Vaccination in Burma 1920-1933 - 1920-1933
Year: 1920
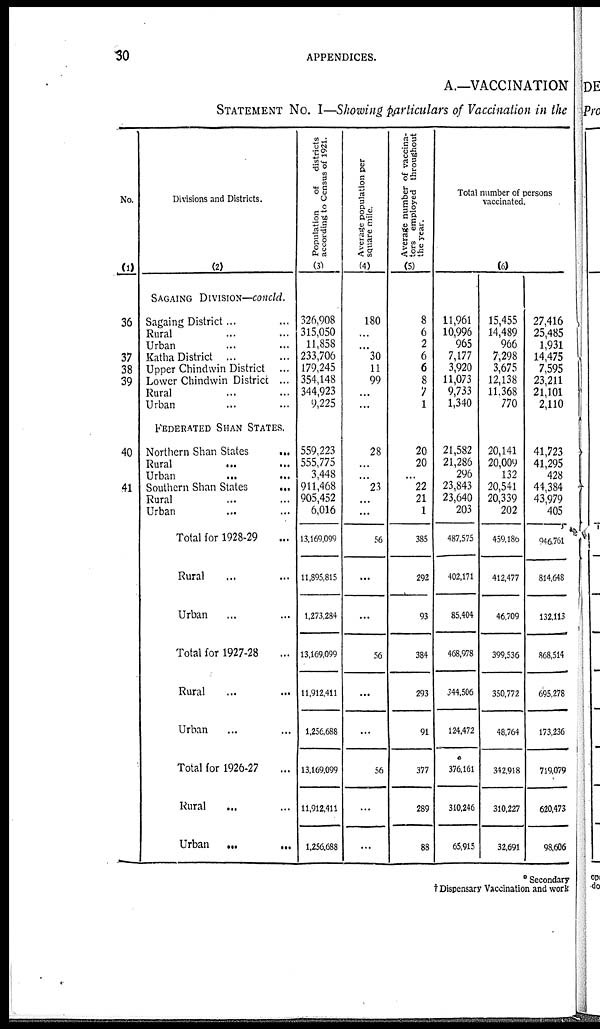
30
APPENDICES.
A.—VACCINATION
STATEMENT NO. I—Showing particulars of Vaccination in the
No.
(1)
36
37
38
39
40
41
Divisions and Districts.
(2)
SAGAING DIVISION—concld.
Sagaing District... ...
Rural ... ...
Urban ... ...
Katha District ... ...
Upper Chindwin District ...
Lower Chindwin District ...
Rural ... ...
Urban ... ...
FEDERATED SHAN STATES.
Northern Shan States ...
Rural
...
...
Urban
...
...
Southern Shan States ...
Rural ... ...
Urban ... ...
Total for 1928-29 ...
Rural ... ...
Urban ... ...
Total for 1927-28 ...
Rural ... ...
Urban ... ...
Total for 1926-27 ...
Rural ... ...
Urban ... ...
Population
of
districts
according to Census of 1921.
(3)
326,908
315,050
11,858
233,706
179,245
354,148
344,923
9,225
559,223
555,775
3,448
911,468
905,452
6,016
13,169,099
11,895,815
1,273,284
13,169,099
11,912,411
1,256,688
13,169,099
11,912,411
1,256,688
Average population per
square mile.
(4)
180
...
...
30
11
99
...
...
28
...
...
23
...
...
56
...
...
56
...
...
56
...
...
Average number of vaccina-
tors employed throughout
the year.
(5)
8
6
2
6
6
8
7
1
20
20
...
22
21
1
385
292
93
384
293
91
377
289
88
Total number of persons
vaccinated.
(6)
11,961
10,996
965
7,177
3,920
11,073
9,733
1,340
21,582
21,286
296
23,843
23,640
203
487,575
402,171
85,404
468,978
344,506
124,472
376,161
310,246
65,915
15,455
14,489
966
7,298
3,675
12,138
11,368
770
20,141
20,009
132
20,541
20,339
202
459,186
412,477
46,709
399,536
350,772
48,764
342,918
310,227
32,691
27,416
25,485
1,931
14,475
7,595
23,211
21,101
2,110
41,723
41,295
428
44,384
43,979
405
946,761
814,648
132,113
868,514
695,278
173,236
719,079
620,473
98,606
*Secondary
† Dispensary Vaccination and work